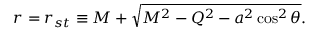
r = r _ { s t } \equiv M + \sqrt { M ^ { 2 } - Q ^ { 2 } - a ^ { 2 } \cos ^ { 2 } \theta } .